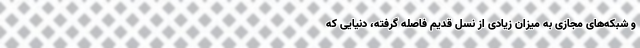
و شبکه‌های مجازی به میزان زیادی از نسل قدیم فاصله گرفته، دنیایی که